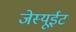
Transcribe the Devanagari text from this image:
जेस्यूईट